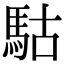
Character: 𩢪